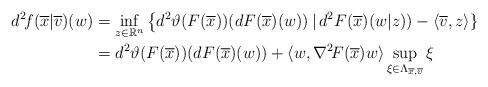
\begin{align*} d^2\!f(\overline{x}|\overline{v})(w) &=\inf_{z\in\mathbb{R}^n}\big\{d^2\vartheta(F(\overline{x})) (dF(\overline{x})(w))\,|\,d^2F(\overline{x})(w|z))-\langle\overline{v},z\rangle\}\\ &=d^2\vartheta(F(\overline{x}))(dF(\overline{x})(w))+\langle w,\nabla^2\!F(\overline{x})w\rangle\sup_{\xi\in \Lambda_{\overline{x},\overline{v}}}\xi \end{align*}